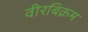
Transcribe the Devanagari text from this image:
वीरबिक्रम